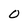
Character: O